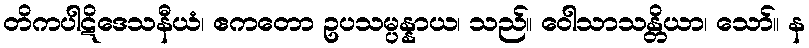
တိကပါဋိဒေသနီယံ၊ ဧကတော ဥပသမ္ပန္နာယ၊ သည်။ ဝေါသာသန္တိယာ၊ သော်။ န